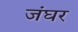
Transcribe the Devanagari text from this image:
जंघर